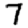
Digit: 7